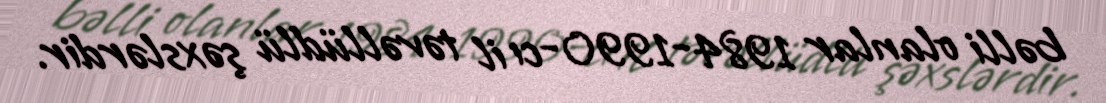
bəlli olanlar 1984-1990-cı il təvəllüdlü şəxslərdir.